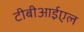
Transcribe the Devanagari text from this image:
टीबीआईएल